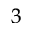
_ 3